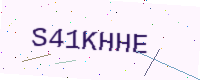
Text: S41KHHE